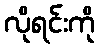
လိုရင်းကို